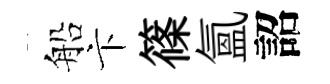
船卞篠氳詔